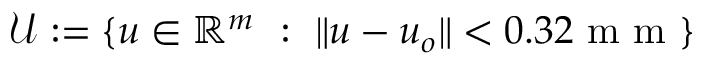
\mathcal { U } : = \{ u \in \mathbb { R } ^ { m } ~ : ~ \| u - u _ { o } \| < 0 . 3 2 \mathrm { ~ m ~ m ~ } \}